Report on vaccination in Madras 1922-1929 - 1922-1929
Year: 1922
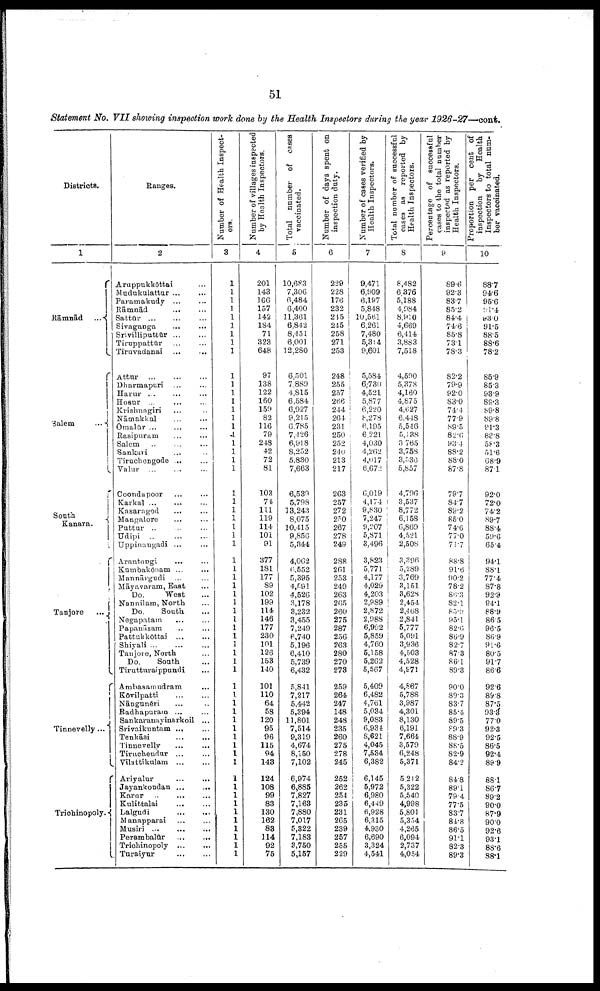
51
Statement No. VII showing inspection work done by the Health Inspectors during the year 1926-27—cont.
Districts.
1
Rāmnād ...
Salem
...
South
Kanara.
Tanjore
...
Tinnevelly...
Trichinopoly.
Ranges.
2
Aruppukkōttai ...
Mudukulattur ... ...
Paramakudy ... ...
Rāmnād
... ...
Sattūr
...
...
...
Sivaganga ... ...
Srivilliputtur
...
...
Tiruppattūr
...
...
Tiruvadanai ... ...
Attur
...
...
...
Dharmapuri ... ...
Harur ... ... ...
Hosur ... ... ...
Krishnagiri ... ...
Nāmakkal ... ...
Omalūr
...
...
...
Rasipuram ... ...
Salem ... ... ...
Sankari ... ...
Tiruchengode ... ...
Valur
...
...
...
Coondapoor ... ...
Karkal ... ... ...
Kasarngod ... ...
Mangalore ... ...
Puttur
...
...
...
Udipi
...
...
...
Uppinangadi ... ...
Arantangi
... ...
Kumbakōam ... ...
Mannārgudi ... ...
Māyavaram, East ...
Do.
West ...
Nannilam, North ...
Do.
South. ...
Negapatam ... ...
Papanāsam ... ...
Pattukkōttai ... ...
Shiyali ... ... ...
Tanjore, North ...
Do.
South ...
Tirutturaippundi ...
Ambasamudram ...
Kōvilpatti
...
...
Nāngunēri ... ...
Radhapuram ... ...
Sankaranayinarkoil ...
Srivaikuntam ... ...
Tenkāsi
...
...
Tinnevelly ... ...
Tiruchendur
...
...
Vilattikulam ... ...
Ariyalur
...
...
Jayankondan ... ...
Karur
...
...
...
Kulittalai ... ...
Lalgudi
...
...
Manapparai ... ...
Musiri
...
...
...
Perambalūr
...
...
Trichinopoly ... ...
Turaiyur ... ...
Number of Health Inspect
ors.
3
1
1
1
1
1
1
1
1
1
1
1
1
1
1
1
1
1
1
1
1
1
1
1
1
1
1
1
1
1
1
1
1
1
1
1
1
1
1
1
1
1
1
1
1
1
1
1
1
1
1
1
1
1
1
1
1
1
1
1
1
1
1
Number of villages inspected
by Health Inspectors.
4
201
143
166
157
142
184
71
323
648
97
138
122
160
159
82
116
79
248
42
72
81
103
74
111
119
114
101
91
377
181
177
89
102
199
114
146
177
230
101
126
153
140
101
110
64
58
120
95
96
115
94
143
124
108
99
83
130
162
83
114
92
75
Total number of cases
vaccinated.
5
10,683
7,306
6,484
6,400
11,361
6,842
8,451
6,001
12,280
6,501
7,889
4,815
6,584
6,927
9,215
6,785
7,426
6,918
8,252
5,830
7,663
6,539
5,798
13,243
8,075
10,415
9,856
5,344
4,062
6,552
5,395
4,591
4,526
3,178
3,232
3,455
7,249
6,740
5,196
6,410
5,739
6,432
5,841
7,217
5,442
5,394
11,801
7,514
9,319
4,674
8,150
7,102
6,974
6,885
7,827
7,163
7,880
7,017
5,322
7,183
3,750
5,157
Number of days spent on
inspection duty.
6
229
228
176
232
245
245
258
271
253
248
255
257
266
244
264
231
250
252
240
213
217
263
257
272
250
267
278
249
288
261
253
249
263
265
260
275
287
256
263
280
270
273
259
264
247
148
248
235
260
275
278
245
252
262
254
235
231
265
239
257
255
229
Number of cases verified by
Health Inspectors.
7
9,471
6,909
6,197
5,848
10,561
6,261
7,480
5,314
9,601
5,584
6,730
4,521
5,877
6,220
8,278
6,195
6,221
4,030
4,262
4,017
6,672
6,019
4,174
9,830
7,247
9,207
5,871
3,496
3,823
5,771
4,177
4,029
4,203
2,989
2,872
2,988
6,992
5,859
4,760
5,158
5,262
5,567
5,409
6,482
4,761
5,034
9,083
6,934
8,621
4,045
7,534
6,382
6,145
5,972
6,980
6,449
6,928
6,315
4,930
6,690
3,324
4,541
Total number of successful
cases as reported by
Health Inspectors.
8
8,482
6,376
5,188
4,984
8,910
4,669
6,414
3,883
7,518
4,590
5,378
4,160
4,875
4,627
6,448
5,546
5,138
3,765
3,758
3,536
5,857
4,796
3,537
8,772
6,158
6,869
4,521
2,508
3,396
5,289
3,769
3,151
3,628
2,454
2,468
2,841
5,777
5,091
3,936
4,503
4,528
4,971
4,867
5,788
3,987
4,301
8,130
6,191
7,664
3,579
6,248
5,371
5,212
5,322
5,540
4,998
5,801
5,354
4,265
6,094
2,737
4,054
Percentage of successful
cases to the total number
inspected as reported by
Health Inspectors.
9
89.6
92.3
83.7
85.2
84.4
74.6
85.8
73.1
78.3
82.2
79.9
92.0
83.0
74.4
77.9
89.5
82.6
93.4
88.2
88.0
87.8
79.7
84.7
89.2
85.0
74.6
77.0
71.7
88.8
91.6
90.2
78.2
86.3
82.1
85.2
95.1
82.6
86.9
82.7
87.3
86.1
89.3
90.0
89.3
83.7
85.4
89.5
89.3
88.9
88.5
82.9
84.2
84.8
89.1
79.4
77.5
83.7
84.8
86.5
91.1
82.3
89.3
Proportion per cent of
inspection
by Health
Inspectors to total num
ber vaccinated.
10
88.7
94.6
95.6
91.4
93.0
91.5
88.5
88.6
78.2
85.9
85.3
93.9
89.3
89.8
89.8
91.3
83.8
58.3
51.6
68.9
87.1
92.0
72.0
74.2
89.7
88.4
59.6
65.4
94.1
88.1
77.4
87.8
92.9
94.1
88.9
86.5
96.5
86.9
91.6
80.5
91.7
86.6
92.6
89.8
87.5
93.3
77.0
92.3
92.5
86.5
92.4
89.9
88.1
86.7
89.2
90.0
87.9
90.0
92.6
93.1
88.6
88.1